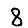
Digit: 8